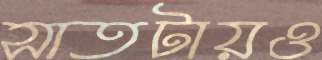
সাতটায়ও